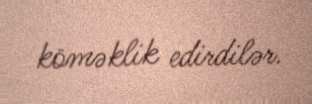
köməklik edirdilər.